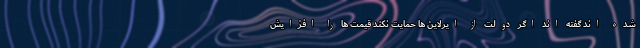
شده اند گفته اند اگر دولت از ایرلاین ها حمایت نکند قیمت ها را افزایش